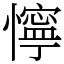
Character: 懧